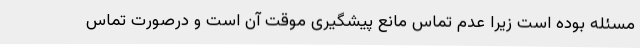
مسئله بوده است زیرا عدم تماس مانع پیشگیری موقت آن است و درصورت تماس